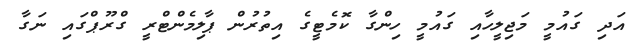
އަދި ގައުމީ މަޖިލީހާއި ގައުމީ ހިންގާ ކޮމެޓީގެ އިތުރުން ޕާލިމެންޓްރީ ގްރޫޕްގައި ނަގާ